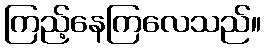
ကြည့်နေကြလေသည်။